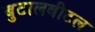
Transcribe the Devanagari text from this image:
बुटालबीटल